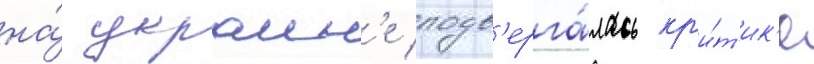
на́ украин'е подв'ерга́лась кр'и́т'ик'е